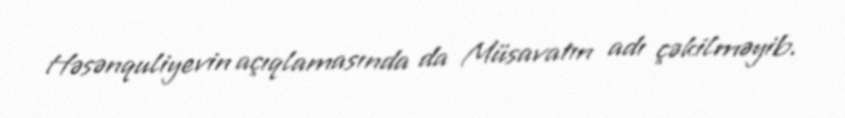
Həsənquliyevin açıqlamasında da Müsavatın adı çəkilməyib.